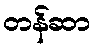
တန်ဆာ